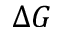
\Delta G